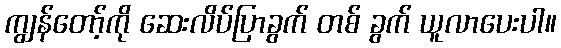
ကျွန်တော့်ကို ဆေးလိပ်ပြာခွက် တစ် ခွက် ယူလာပေးပါ။